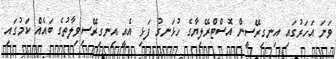
ވަނަ އަހަރުގައި އިނގިރޭސީން އޮސްޓްރޭލިޔާގެ ހުޅަނގު ފަޅި އެއީ އިނގިރޭސިވިލާތުގެ ބައެއް ކަމުގައި